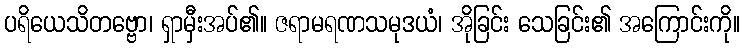
ပရိယေသိတဗ္ဗော၊ ရှာမှီးအပ်၏။ ဇရာမရဏသမုဒယံ၊ အိုခြင်း သေခြင်း၏ အကြောင်းကို။